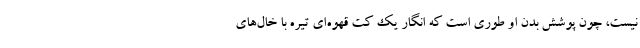
نیست، چون پوشش بدن او طوری است که انگار یک کت قهوه‌ای تیره با خال‌های